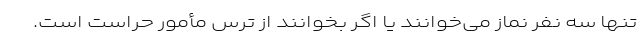
تنها سه نفر نماز می‌خوانند یا اگر بخوانند از ترس مأمور حراست است.